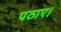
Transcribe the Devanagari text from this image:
पठाए।